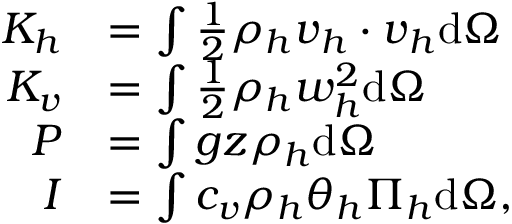
\begin{array} { r l } { K _ { h } } & { = \int \frac { 1 } { 2 } \rho _ { h } \boldsymbol { v } _ { h } \cdot \boldsymbol { v } _ { h } \mathrm { d } \Omega } \\ { K _ { v } } & { = \int \frac { 1 } { 2 } \rho _ { h } w _ { h } ^ { 2 } \mathrm { d } \Omega } \\ { P } & { = \int g z \rho _ { h } \mathrm { d } \Omega } \\ { I } & { = \int c _ { v } \rho _ { h } \theta _ { h } \Pi _ { h } \mathrm { d } \Omega , } \end{array}